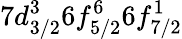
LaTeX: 7d_{3/2}^{3}6f_{5/2}^{6}6f_{7/2}^{1}